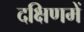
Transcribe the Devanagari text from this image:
दक्षिणमें